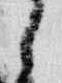
之